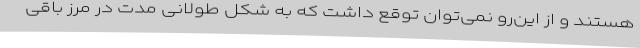
هستند و از این‌رو نمی‌توان توقع داشت که به شکل طولانی مدت در مرز باقی